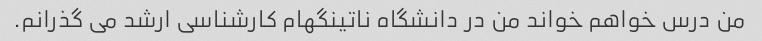
من درس خواهم خواند من در دانشگاه ناتینگهام کارشناسی ارشد می گذرانم.